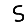
Digit: 5